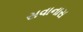
સવાનાસ